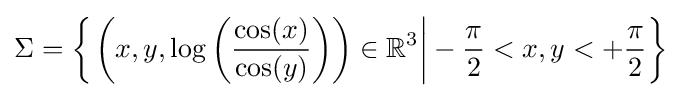
\Sigma =\left\{\left.\left(x,y,\log \left({\frac {\cos(x)}{\cos(y)}}\right)\right)\in \mathbb {R} ^{3}\right|-{\frac {\pi }{2}}<x,y<+{\frac {\pi }{2}}\right\}